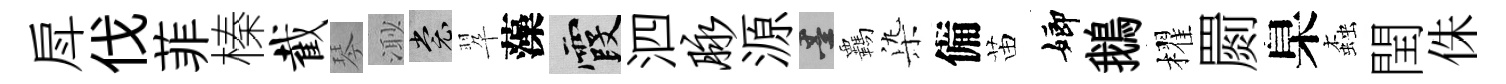
戽伐菲榛截琴𣺌裳翆藻霞泗脉源墨覊𣑱備苗嫏鵝櫂罽臬螙閏侏